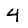
Digit: 4